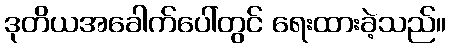
ဒုတိယအခေါက်ပေါ်တွင် ရေးထားခဲ့သည်။